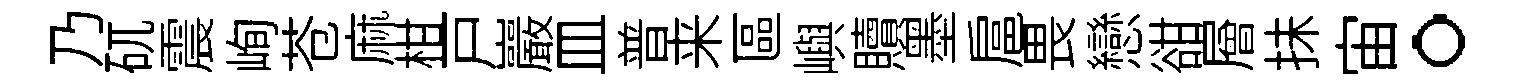
乃矹震峋苍麻柑戸巖皿普来區嶼贖墨扈畏戀𧮳層抺宙。